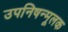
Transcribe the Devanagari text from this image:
उपनिषन्मूलक